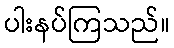
ပါးနပ်ကြသည်။